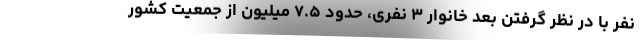
نفر با در نظر گرفتن بعد خانوار ۳ نفری، حدود ۷.۵ میلیون از جمعیت کشور